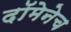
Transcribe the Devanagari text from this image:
दॉमेनेच